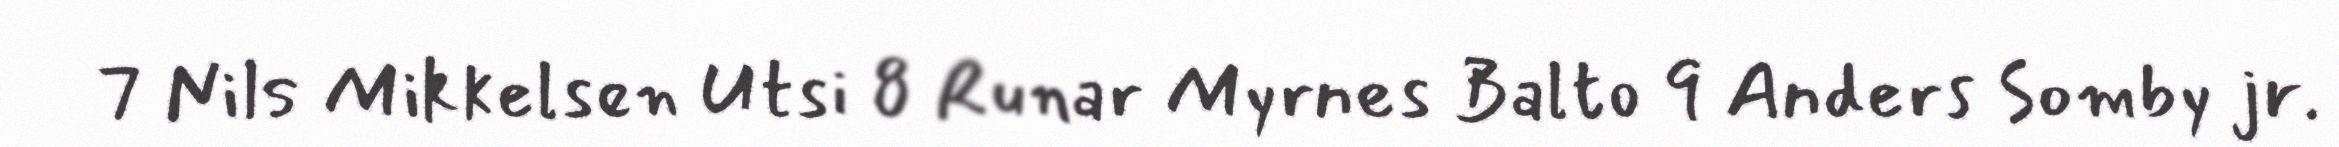
7 Nils Mikkelsen Utsi 8 Runar Myrnes Balto 9 Anders Somby jr.